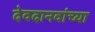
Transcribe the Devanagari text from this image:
देवदानवांच्या